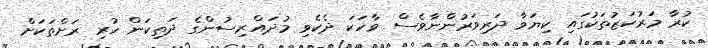
ކުރާ މަރުކަޒުތަކުގައި ކިޔަވާ ދަރިވަރުންނާވެސް ވާހަކަ ދެކެވި މުދައްރިސުންގެ ދަތިކަން ހުރި ރަށްތަކަށް